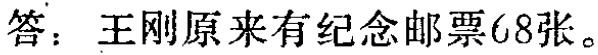
答：王刚原来有纪念邮票68张。